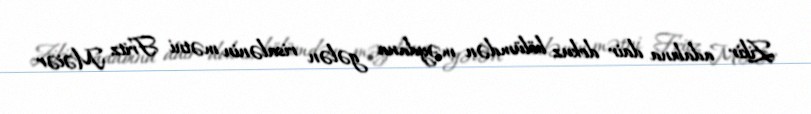
Zikir adabına dair dokuz bölümdən məydana gələn risalənin mətni Fritz Məiər